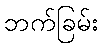
ဘက်ခြမ်း